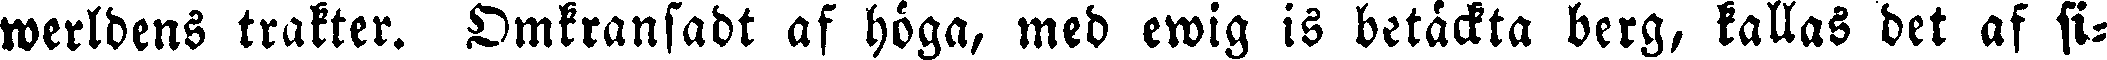
werldens trakter. Omkransadt af höga, med ewig is betäckta berg, kallas det af si-